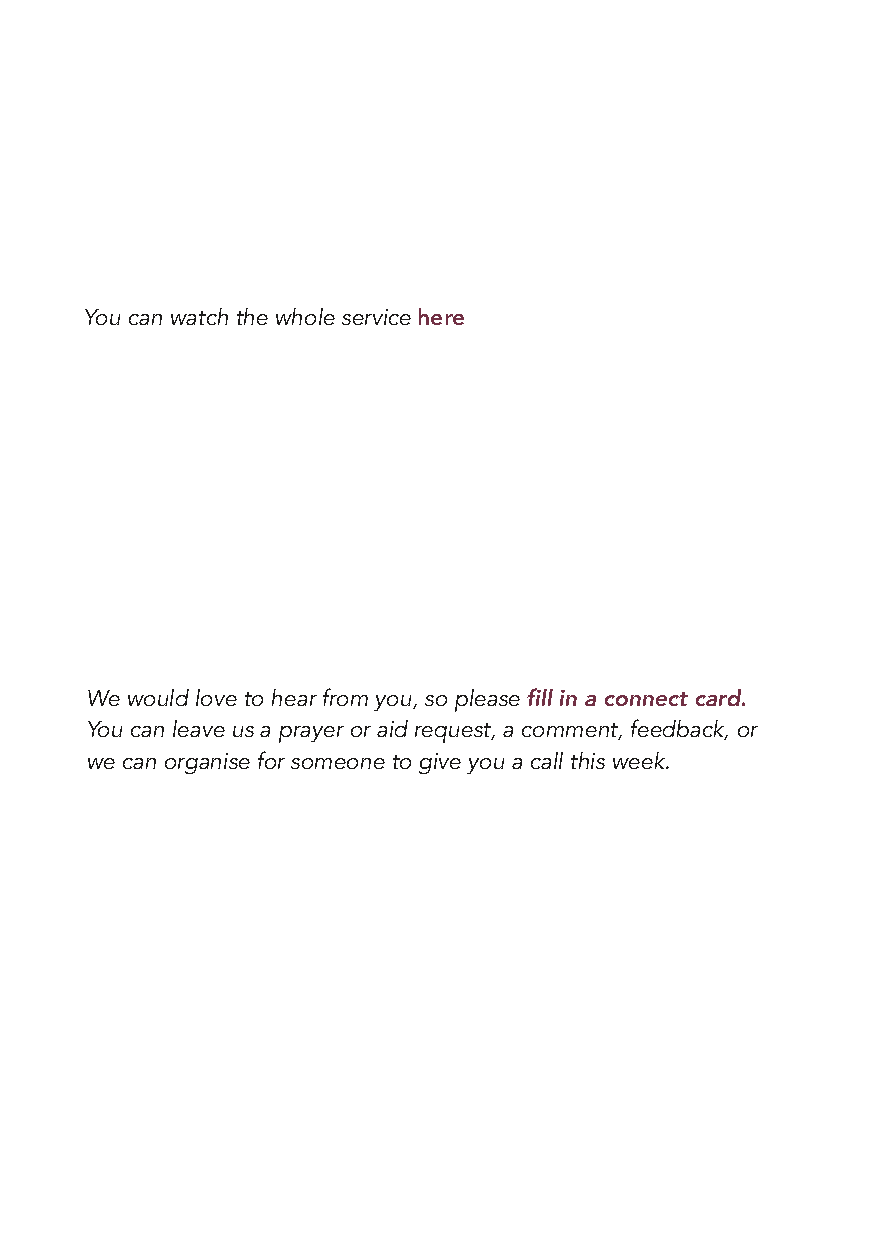
You can watch the whole service here
 We would love to hear from you, so please fill in a connect card.
 You can leave us a prayer or aid request, a comment, feedback, or
 we can organise for someone to give you a call this week.